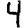
Digit: 4